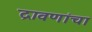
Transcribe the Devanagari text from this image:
द्रावणांचा